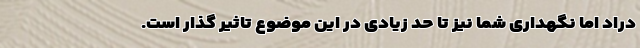
دراد اما نگهداری شما نیز تا حد زیادی در این موضوع تاثیر گذار است.